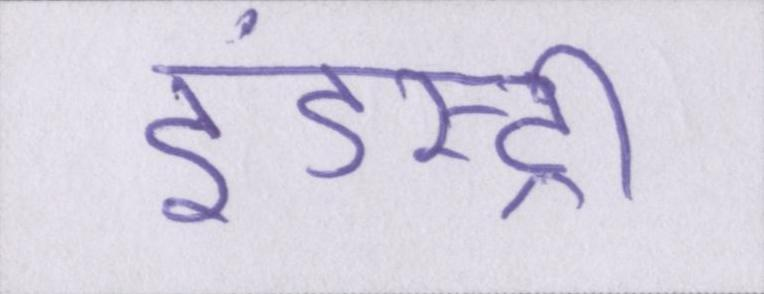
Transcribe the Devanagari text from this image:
इंडस्ट्री